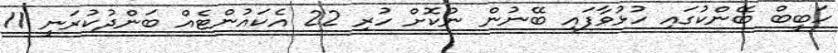
ހަބީބް ބޭންކުގައި ހުޅުވާފައި ބޭނުން ނުކޮށް ހުރި 22 އެކައުންޓެއް ބަންދުކުރަނީ 11